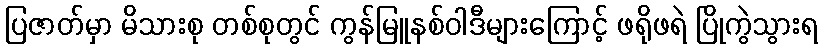
ပြဇာတ်မှာ မိသားစု တစ်စုတွင် ကွန်မြူနစ်ဝါဒီများကြောင့် ဖရိုဖရဲ ပြိုကွဲသွားရ